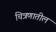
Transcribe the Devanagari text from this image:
चित्रणातील